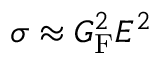
\sigma \approx G _ { \mathrm { { F } } } ^ { 2 } E ^ { 2 }